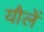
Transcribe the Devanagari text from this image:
यौलें